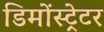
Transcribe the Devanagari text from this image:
डिमोंस्ट्रेटर